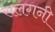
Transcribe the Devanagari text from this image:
संलगनी